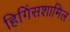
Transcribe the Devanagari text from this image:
हिगिंसशामिल